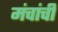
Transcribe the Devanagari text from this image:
मंचांची